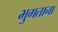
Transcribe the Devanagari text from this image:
भुगताना